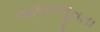
આધારભૂતતા